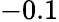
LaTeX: -0.1